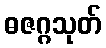
ဓဇဂ္ဂသုတ်